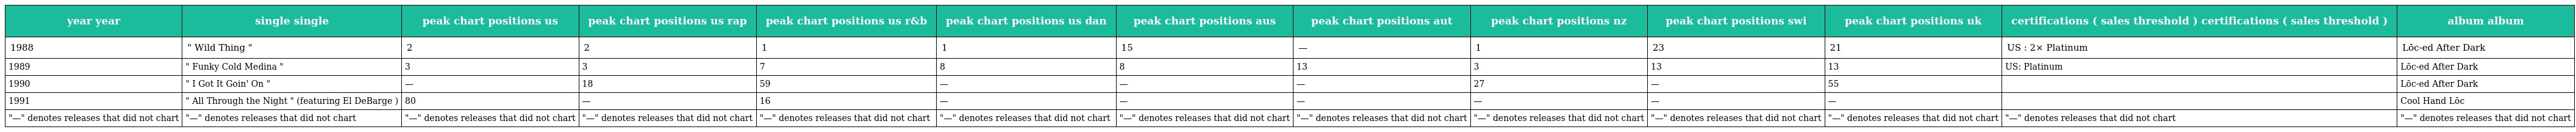
| year year | single single | peak chart positions us | peak chart positions us rap | peak chart positions us r&b | peak chart positions us dan | peak chart positions aus | peak chart positions aut | peak chart positions nz | peak chart positions swi | peak chart positions uk | certifications ( sales threshold ) certifications ( sales threshold ) | album album |
 | --- | --- | --- | --- | --- | --- | --- | --- | --- | --- | --- | --- | --- |
 | 1988 | " Wild Thing " | 2 | 2 | 1 | 1 | 15 | — | 1 | 23 | 21 | US : 2× Platinum | Lōc-ed After Dark |
 | 1989 | " Funky Cold Medina " | 3 | 3 | 7 | 8 | 8 | 13 | 3 | 13 | 13 | US: Platinum | Lōc-ed After Dark |
 | 1990 | " I Got It Goin' On " | — | 18 | 59 | — | — | — | 27 | — | 55 |  | Lōc-ed After Dark |
 | 1991 | " All Through the Night " (featuring El DeBarge ) | 80 | — | 16 | — | — | — | — | — | — |  | Cool Hand Lōc |
 | "—" denotes releases that did not chart | "—" denotes releases that did not chart | "—" denotes releases that did not chart | "—" denotes releases that did not chart | "—" denotes releases that did not chart | "—" denotes releases that did not chart | "—" denotes releases that did not chart | "—" denotes releases that did not chart | "—" denotes releases that did not chart | "—" denotes releases that did not chart | "—" denotes releases that did not chart | "—" denotes releases that did not chart | "—" denotes releases that did not chart |